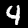
Digit: 4